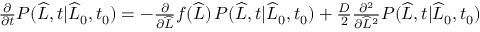
\begin{array} { r } { \frac { \partial } { \partial t } P ( \widehat { L } , t | \widehat { L } _ { 0 } , t _ { 0 } ) = - \frac { \partial } { \partial \widehat { L } } f ( \widehat { L } ) \, P ( \widehat { L } , t | \widehat { L } _ { 0 } , t _ { 0 } ) + \frac { D } { 2 } \frac { \partial ^ { 2 } } { \partial \widehat { L } ^ { 2 } } P ( \widehat { L } , t | \widehat { L } _ { 0 } , t _ { 0 } ) } \end{array}